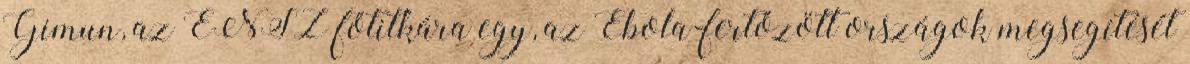
Gimun, az ENSZ főtitkára egy, az Ebola-fertőzött országok megsegítését